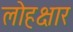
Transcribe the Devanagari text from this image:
लोहक्षार